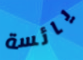
يائسة